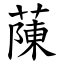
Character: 蔯